Jaan_Tonisson_(Lasteleht), lk 125
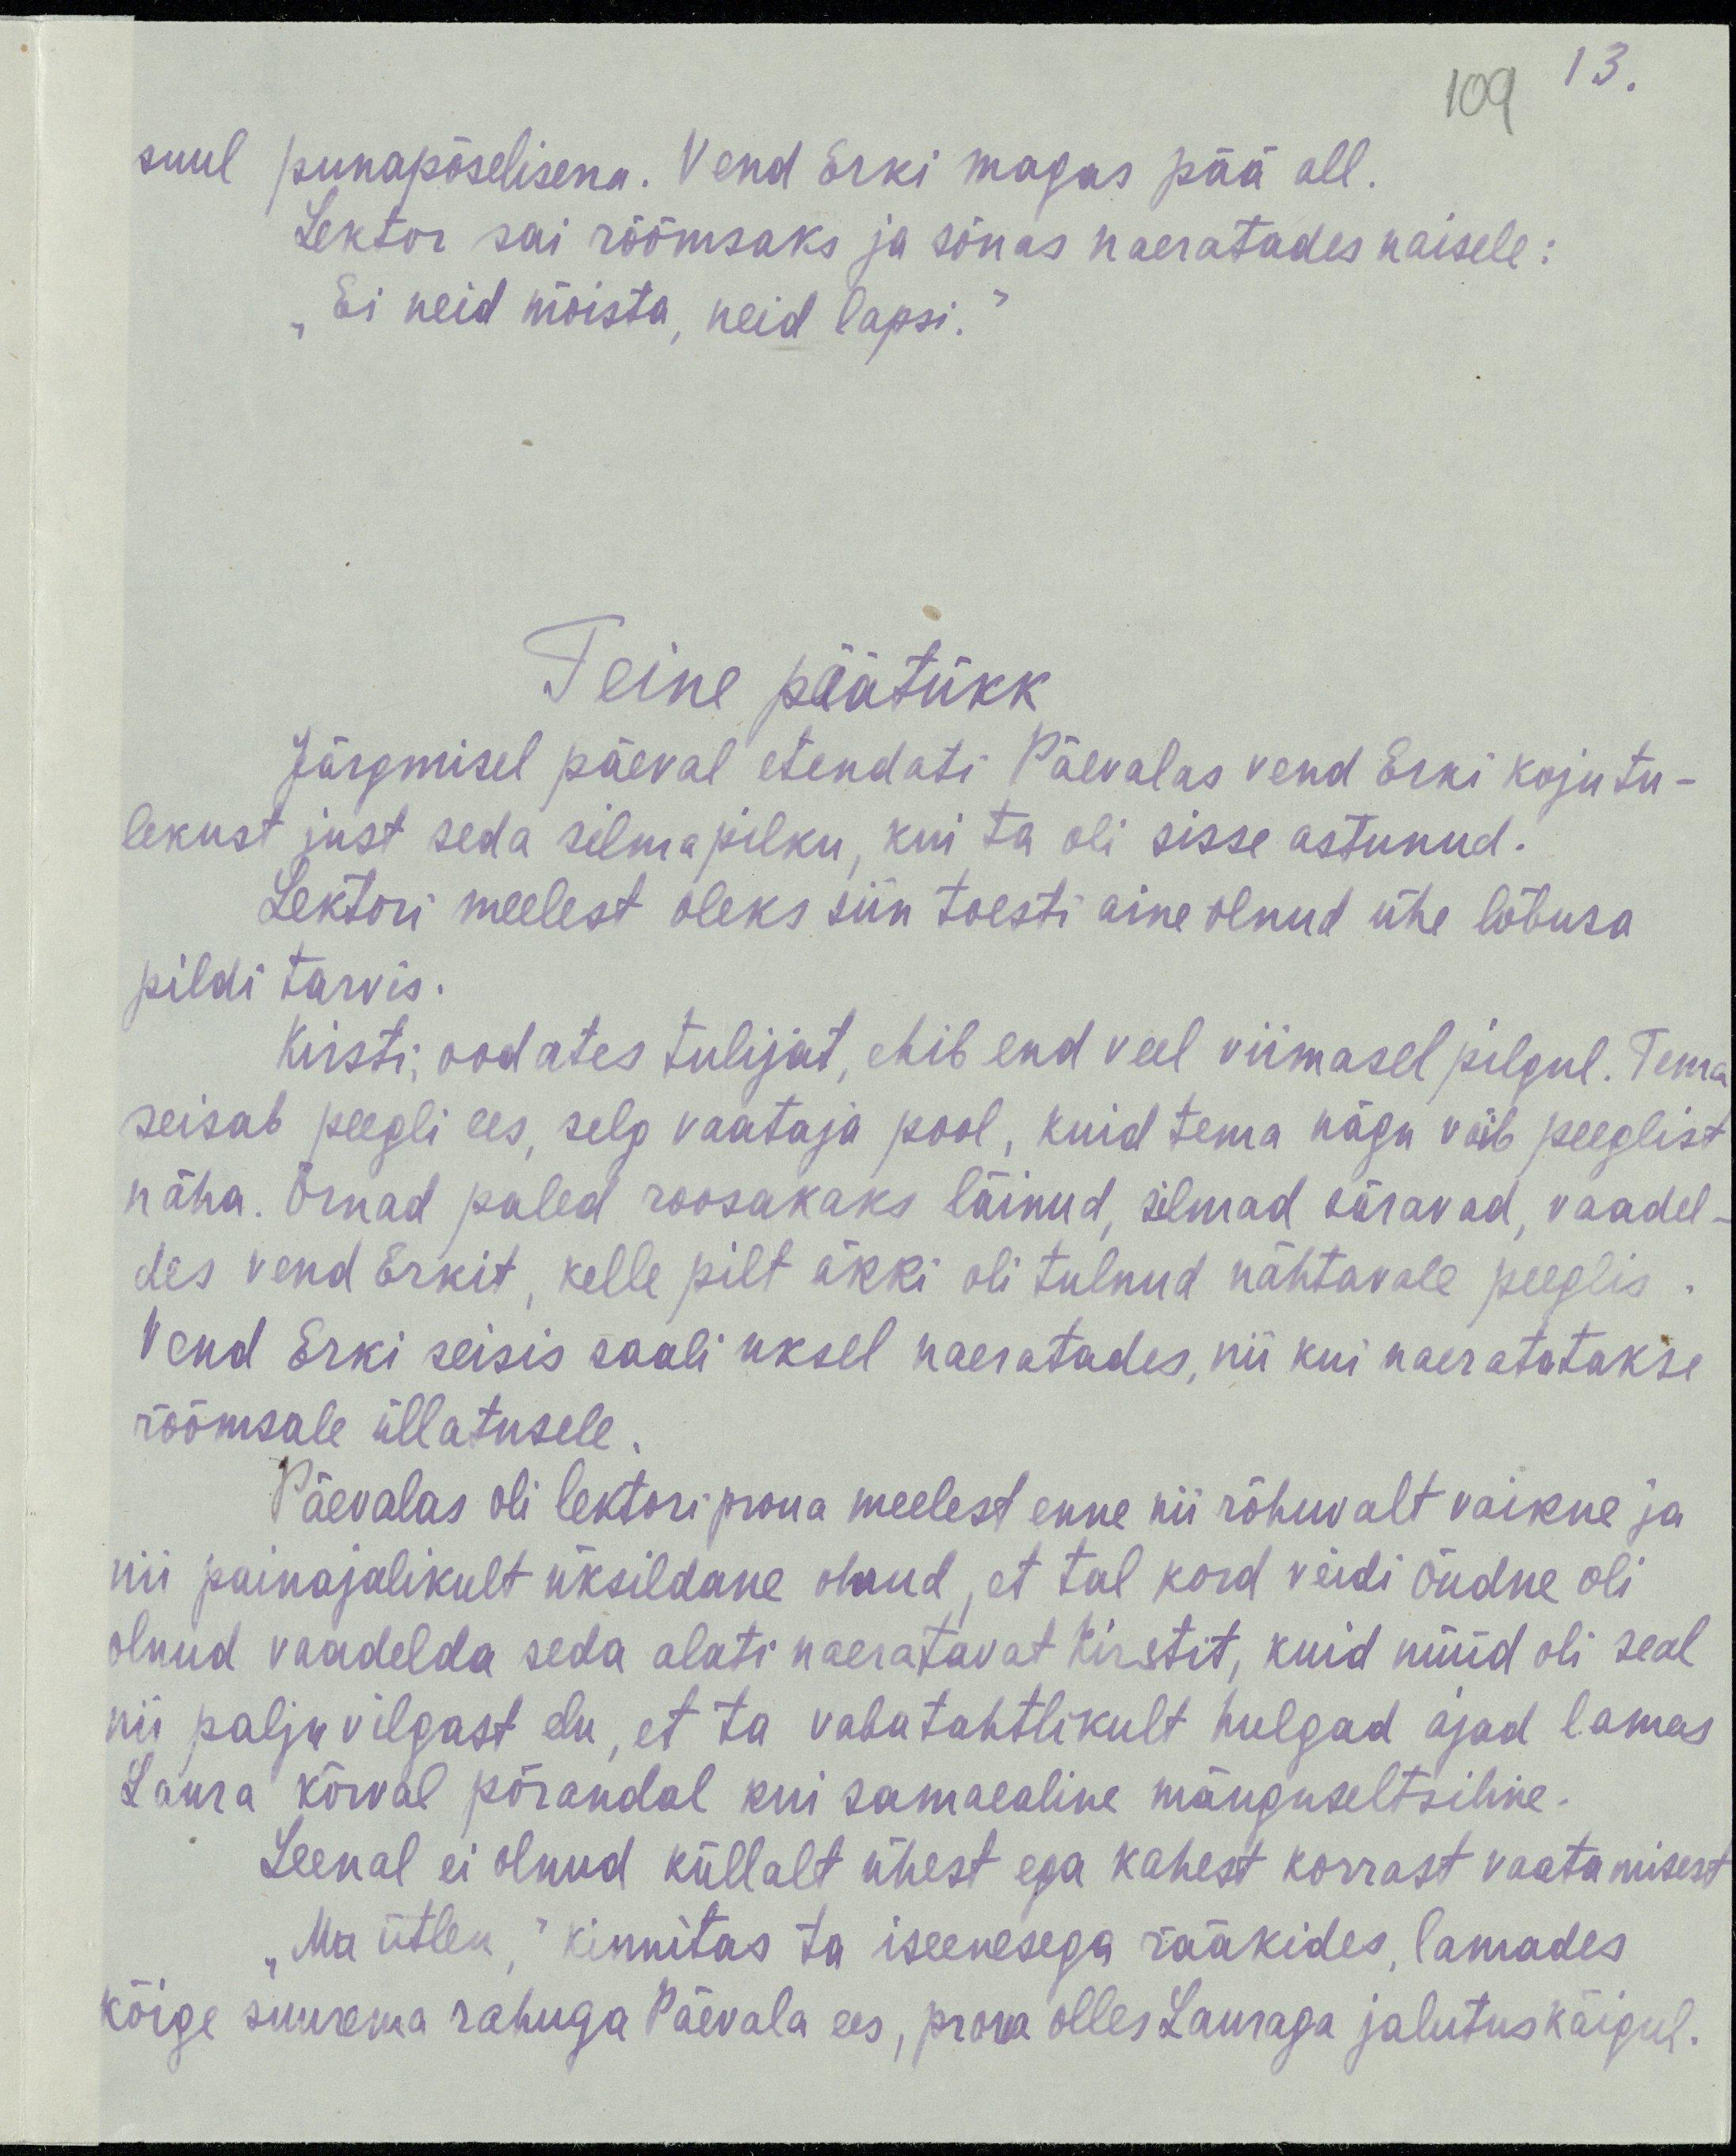
13.
109
suul punapõselisena. Vend Erki magas pää all.
Lektor sai rõõmsaks ja sõnas naeratades naisele:
„Ei neid mõista, neid lapsi.“
Teine päätükk
Järgmisel päeval etendati Päevalas vend Erki kojutu-
lekust just seda silmapilku, kui ta oli sisse astunud.
Lektori meelest oleks siin toesti aine olnud üle lõbusa
pildi tarvis.
Kirsti, oodates tulijat, ehib end veel viimasel pilgul. Tema
seisab peegli ees, selg vaataja pool, kuid tema nägu võib peeglist
näha. Õrnad paled roosakaks läinud, silmad säravad, vaadel-
del vend Erkit, kelle pilt äkki oli tulnud nähtavale peeglis.
Vend Erki seisis saali uksel naeratades, nii kui naeratatakse
rõõmsale üllatusele.
Päevalas oli lektori proua meelest enne nii rõhuvalt vaikne ja
nii painajalikult üksildane olnud, et tal kord veidi õudne oli
olnud vaadelda seda alati naeratavat Kirstit, kuid nüüd oli seal
nii palju vilgast elu, et ta vabatahtlikult hulgad ajad lamas
Laura kõrval põrandal kui samaealine mänguseltsiline.
Leenal ei olnud küllalt ühest ega kahest korrast vaatamisest
„Ma ütlen,“ kinnitas ta iseenesega rääkides, lamades
kõige suurema rahuga Päevala ees, proua olles Lauraga jalutuskäigul.